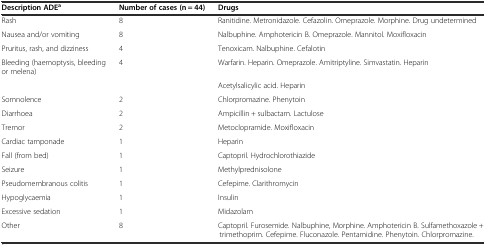
<table><thead><tr><td><b>Description ADE<sup>a</sup></b></td><td><b>Number of cases (n = 44)</b></td><td><b>Drugs</b></td></tr></thead><tbody><tr><td>Rash</td><td>8</td><td>Ranitidine. Metronidazole. Cefazolin. Omeprazole. Morphine. Drug undetermined</td></tr><tr><td>Nausea and/or vomiting</td><td>8</td><td>Nalbuphine. Amphotericin B. Omeprazole. Mannitol. Moxifloxacin</td></tr><tr><td>Pruritus, rash, and dizziness</td><td>4</td><td>Tenoxicam. Nalbuphine. Cefalotin</td></tr><tr><td>Bleeding (haemoptysis, bleeding or melena)</td><td>4</td><td>Warfarin. Heparin. Omeprazole. Amitriptyline. Simvastatin. Heparin</td></tr><tr><td></td><td></td><td>Acetylsalicylic acid. Heparin</td></tr><tr><td>Somnolence</td><td>2</td><td>Chlorpromazine. Phenytoin</td></tr><tr><td>Diarrhoea</td><td>2</td><td>Ampicillin + sulbactam. Lactulose</td></tr><tr><td>Tremor</td><td>2</td><td>Metoclopramide. Moxifloxacin</td></tr><tr><td>Cardiac tamponade</td><td>1</td><td>Heparin</td></tr><tr><td>Fall (from bed)</td><td>1</td><td>Captopril. Hydrochlorothiazide</td></tr><tr><td>Seizure</td><td>1</td><td>Methylprednisolone</td></tr><tr><td>Pseudomembranous colitis</td><td>1</td><td>Cefepime. Clarithromycin</td></tr><tr><td>Hypoglycaemia</td><td>1</td><td>Insulin</td></tr><tr><td>Excessive sedation</td><td>1</td><td>Midazolam</td></tr><tr><td>Other</td><td>8</td><td>Captopril. Furosemide. Nalbuphine, Morphine. Amphotericin B. Sulfamethoxazole + trimethoprim. Cefepime. Fluconazole. Pentamidine. Phenytoin. Chlorpromazine.</td></tr></tbody></table>